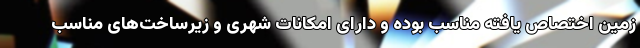
زمین اختصاص یافته مناسب بوده و دارای امکانات شهری و زیرساخت‌های مناسب